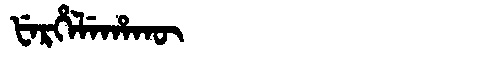
Manchu: ᡶᡝᡵᡥᡝᠯᡝᡥᠠᡴᡡ
Romanization: FERHELEHAKŪ